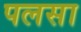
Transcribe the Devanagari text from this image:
पलसा